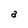
Character: a